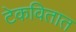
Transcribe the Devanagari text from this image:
टेकवितात